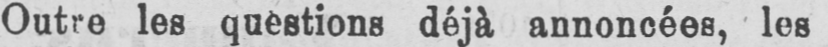
Outre les questions déjà annoncées, les